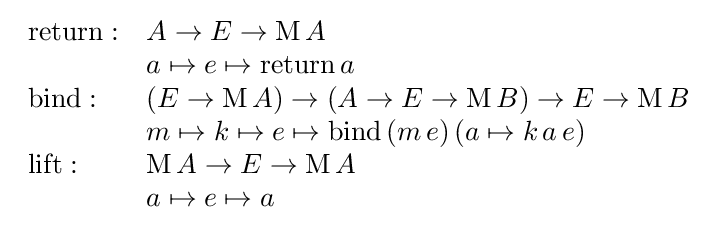
{\begin{array}{ll}\mathrm {return} :&A\rightarrow E\rightarrow \mathrm {M} \,A\\&a\mapsto e\mapsto \mathrm {return} \,a\\\mathrm {bind} :&(E\rightarrow \mathrm {M} \,A)\rightarrow (A\rightarrow E\rightarrow \mathrm {M} \,B)\rightarrow E\rightarrow \mathrm {M} \,B\\&m\mapsto k\mapsto e\mapsto \mathrm {bind} \,(m\,e)\,(a\mapsto k\,a\,e)\\\mathrm {lift} :&\mathrm {M} \,A\rightarrow E\rightarrow \mathrm {M} \,A\\&a\mapsto e\mapsto a\\\end{array}}